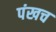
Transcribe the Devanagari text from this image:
पंखच